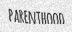
PARENTHOOD